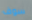
سوف